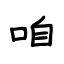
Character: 咱